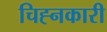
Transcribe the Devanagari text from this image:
चिह्नकारी